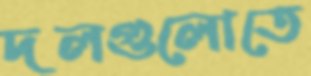
দলগুলোতে